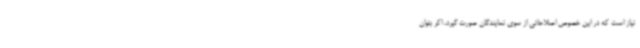
نیاز است که در این خصوص اصلاحاتی از سوی نمایندگان صورت گیرد، اکر بتوان